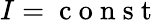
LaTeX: I=\mathrm{~c~o~n~s~t~}